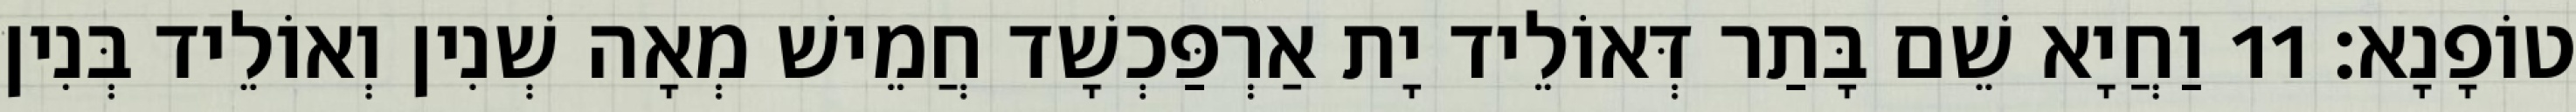
טוֹפָנָא׃ 11 וַחֲיָא שֵׁם בָּתַר דְּאוֹלֵיד יָת אַרְפַּכְשָׁד חֲמֵישׁ מְאָה שְׁנִין וְאוֹלֵיד בְּנִין